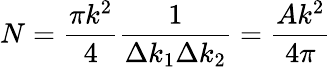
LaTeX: N=\frac{\pi k^{2}}{4}\frac{1}{\Delta k_{1}\Delta k_{2}}=\frac{Ak^{2}}{4\pi}